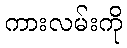
ကားလမ်းကို